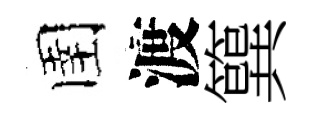
圉渡簨